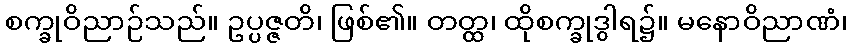
စက္ခုဝိညာဉ်သည်။ ဥပ္ပဇ္ဇတိ၊ ဖြစ်၏။ တတ္ထ၊ ထိုစက္ခုဒွါရ၌။ မနောဝိညာဏံ၊